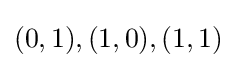
(0,1),(1,0),(1,1)